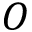
O